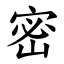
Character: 密